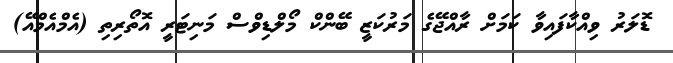
ޑޮލަރު ވިއްކާފައިވާ ކަމަށް ރާއްޖޭގެ މަރުކަޒީ ބޭންކް މޯލްޑިވްސް މަނިޓަރީ އޮތޯރިތި (އެމްއެމްއޭ)